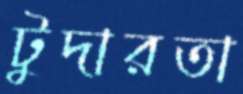
টুদারতা